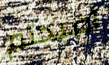
أصبحتم